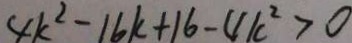
4 k ^ { 2 } - 1 6 k + 1 6 - 4 k ^ { 2 } > 0